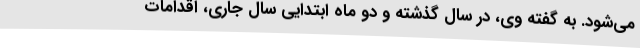
می‌شود. به گفته وی، در سال گذشته و دو ماه ابتدایی سال جاری، اقدامات